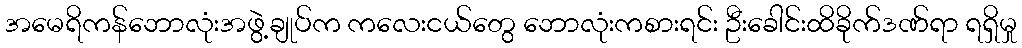
အမေရိကန်ဘောလုံးအဖွဲ့ချုပ်က ကလေးငယ်တွေ ဘောလုံးကစားရင်း ဦးခေါင်းထိခိုက်ဒဏ်ရာ ရရှိမှု